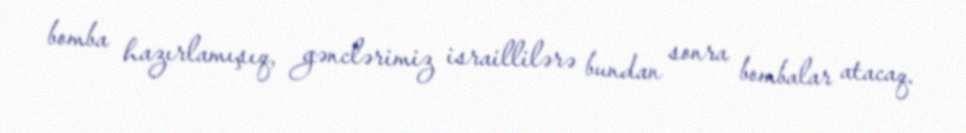
bomba hazırlamışıq, gənclərimiz israillilərə bundan sonra bombalar atacaq.